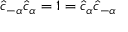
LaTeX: \hat { c } _ { - \alpha } \hat { c } _ { \alpha } = 1 = \hat { c } _ { \alpha } \hat { c } _ { - \alpha }